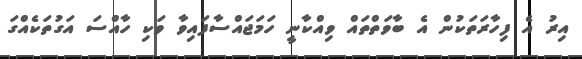
އިރު އެ ފިހާރަތަކުން އެ ބާވަތްތައް ވިއްކާނީ ހަމަޖައްސާފައިވާ ވަކި ހާއްސަ އަގުތަކެއްގަ